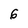
Character: 6